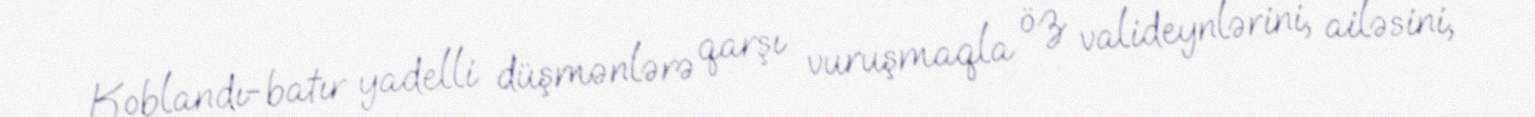
Koblandı-batır yadelli düşmənlərə qarşı vuruşmaqla öz valideynlərini, ailəsini,